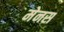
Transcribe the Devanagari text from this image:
मेनस